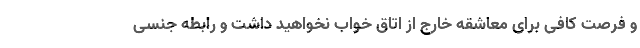
و فرصت کافی برای معاشقه خارج از اتاق خواب نخواهید داشت و رابطه جنسی